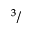
^ 3 /